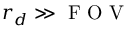
r _ { d } \gg \ensuremath { \mathrm { ~ F ~ O ~ V ~ } }